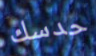
حدسك